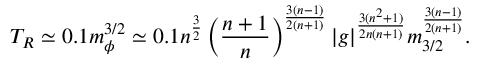
T _ { R } \simeq 0 . 1 m _ { \phi } ^ { 3 / 2 } \simeq 0 . 1 n ^ { \frac { 3 } { 2 } } \left( \frac { n + 1 } { n } \right) ^ { \frac { 3 ( n - 1 ) } { 2 ( n + 1 ) } } | g | ^ { \frac { 3 ( n ^ { 2 } + 1 ) } { 2 n ( n + 1 ) } } m _ { 3 / 2 } ^ { \frac { 3 ( n - 1 ) } { 2 ( n + 1 ) } } .